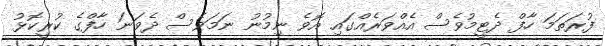
ފުރަތަމަ ހާފް ދެޓީމުވެސް އެއްވަރެއްގައި އޮވެ ނިމުނު ނަމަވެސް ދެވަނަ ހާފްގެ ކުރީކޮޅު